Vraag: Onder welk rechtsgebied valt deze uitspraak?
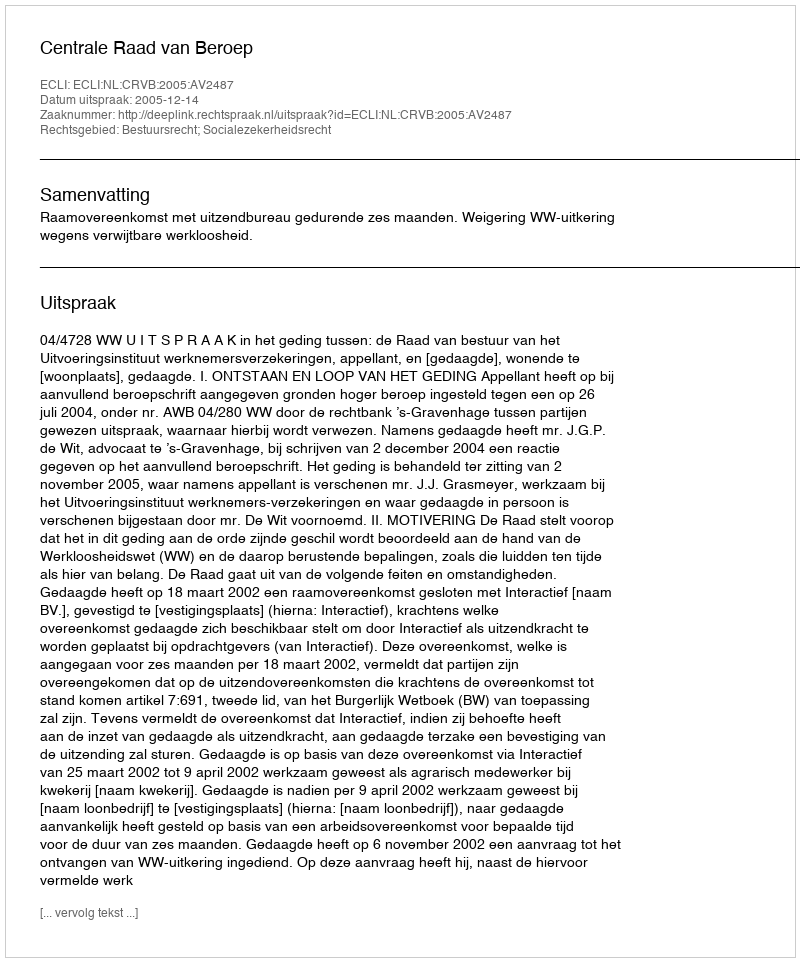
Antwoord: Bestuursrecht; Socialezekerheidsrecht